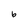
Character: b